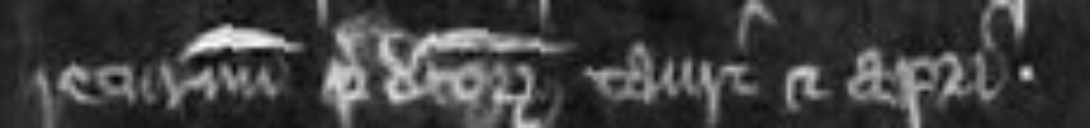
returnum predictorum tauri et apri.